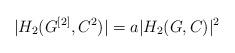
LaTeX: \begin{align*}|H_2(G^{[2]},C^2)| = a |H_2(G,C)|^2\end{align*}